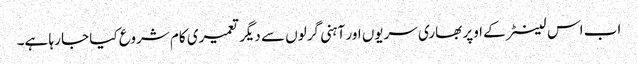
اب اس لینٹر کے اوپر بھاری سریوں اور آہنی گرلوں سے دیگر تعمیری کام شروع کیا جا رہا ہے۔